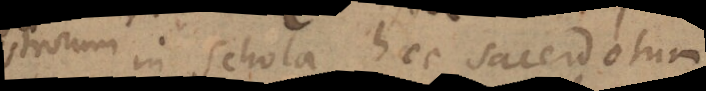
magistrorum in schola, haec sacerdotum